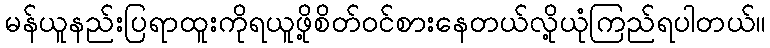
မန်ယူနည်းပြရာထူးကိုရယူဖို့စိတ်ဝင်စားနေတယ်လို့ယုံကြည်ရပါတယ်။